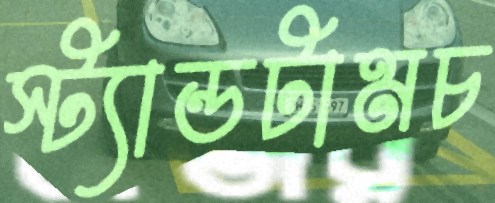
স্ট্যান্ডটামচ